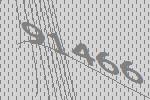
91466